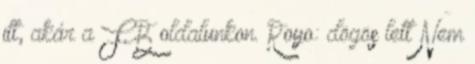
itt, akár a FB oldalunkon. Royo: dögös lett Nem